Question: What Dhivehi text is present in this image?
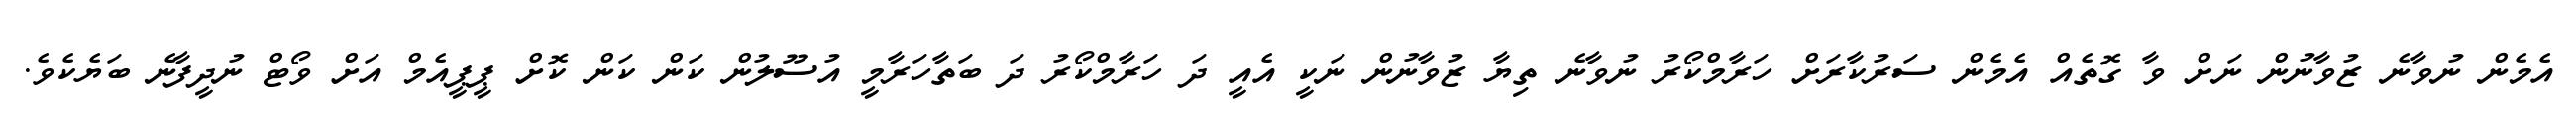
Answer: އެމެން ނުވާނެ ޒުވާނުން ނަށް ވާ ގޮތެއް އެމެން ސަރުކާރަށް ހަރާމްކޯރު ނުވާނެ ތިޔާ ޒުވާނުން ނަކީ އެއީ ދަ ހަރާމްކޯރު ދަ ބަތާހަރާމީ އުސޫލުން ކަން ކަން ކޮށް ޕީޕީއެމް އަށް ވޯޓް ނުދީފާނެ ބަޔެކެވެ.